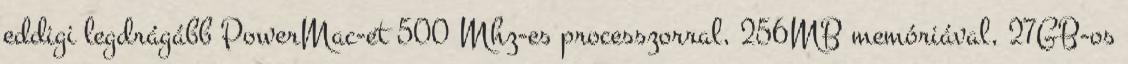
eddigi legdrágább PowerMac-et 500 Mhz-es processzorral, 256MB memóriával, 27GB-os